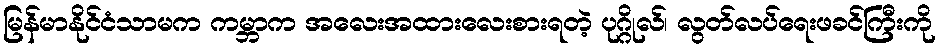
မြန်မာနိုင်ငံသာမက ကမ္ဘာက အလေးအထားလေးစားရတဲ့ ပုဂ္ဂိုလ်၊ လွတ်လပ်ရေးဖခင်ကြီးကို